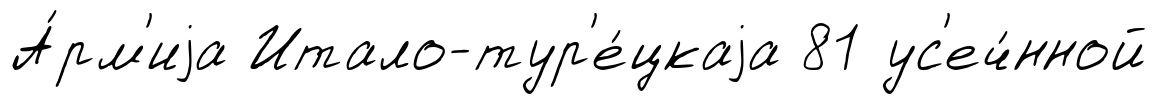
А́рм'иjа Итало-тур'е́цкаjа 81 ус'еч́нной